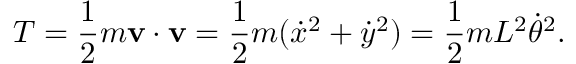
T = { \frac { 1 } { 2 } } m \mathbf { v } \cdot \mathbf { v } = { \frac { 1 } { 2 } } m ( { \dot { x } } ^ { 2 } + { \dot { y } } ^ { 2 } ) = { \frac { 1 } { 2 } } m L ^ { 2 } { \dot { \theta } } ^ { 2 } .